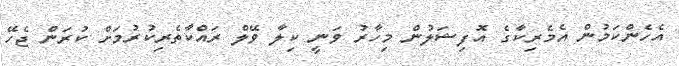
އެހެންކަމުން އެމެރިކާގެ އޮފިޝަލުން މިހާރު ވަނީ ކިލާ ވޭލް ރައްކާތެރިކުރުމަށް ކުރަން ޖެހޭ